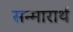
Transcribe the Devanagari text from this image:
सन्मारार्थ